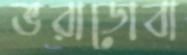
ভরাডোবা